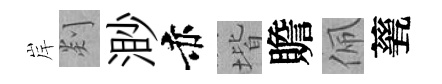
岸剡渺赤堦贍佩甆